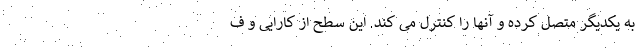
به یکدیگر متصل کرده و آنها را کنترل می کند. این سطح از کارایی و ف